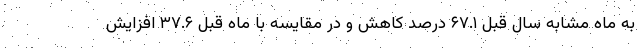
به ماه مشابه سال قبل ۶۷.۱ درصد کاهش و در مقایسه با ماه قبل ۳۷.۶ افزایش